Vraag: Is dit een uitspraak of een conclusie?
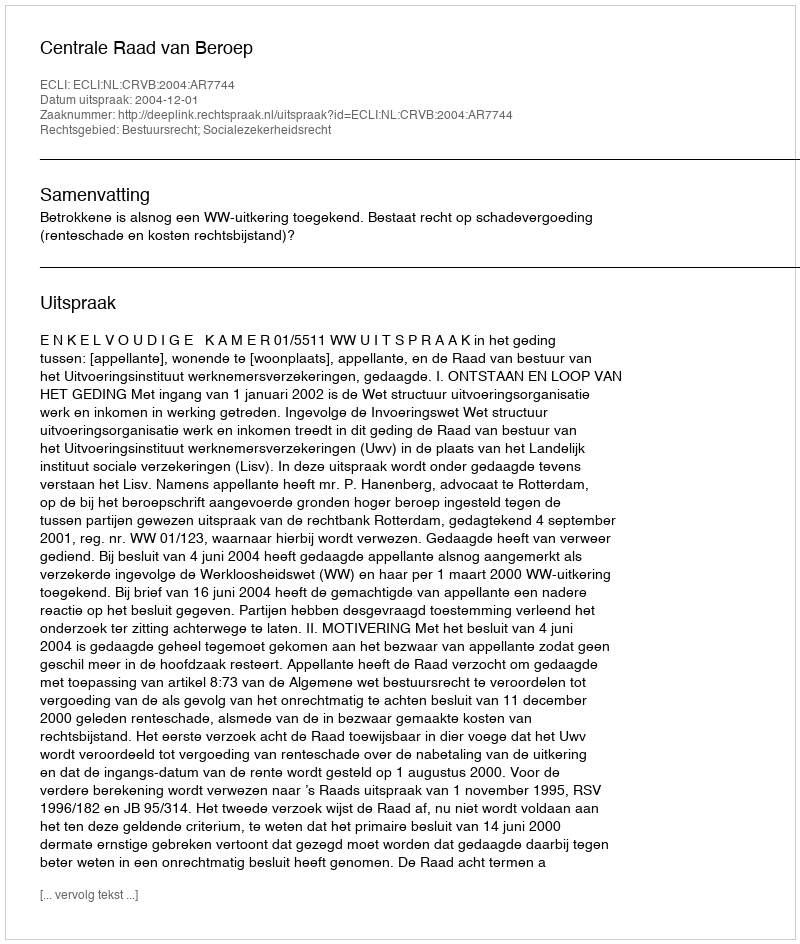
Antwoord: Uitspraak